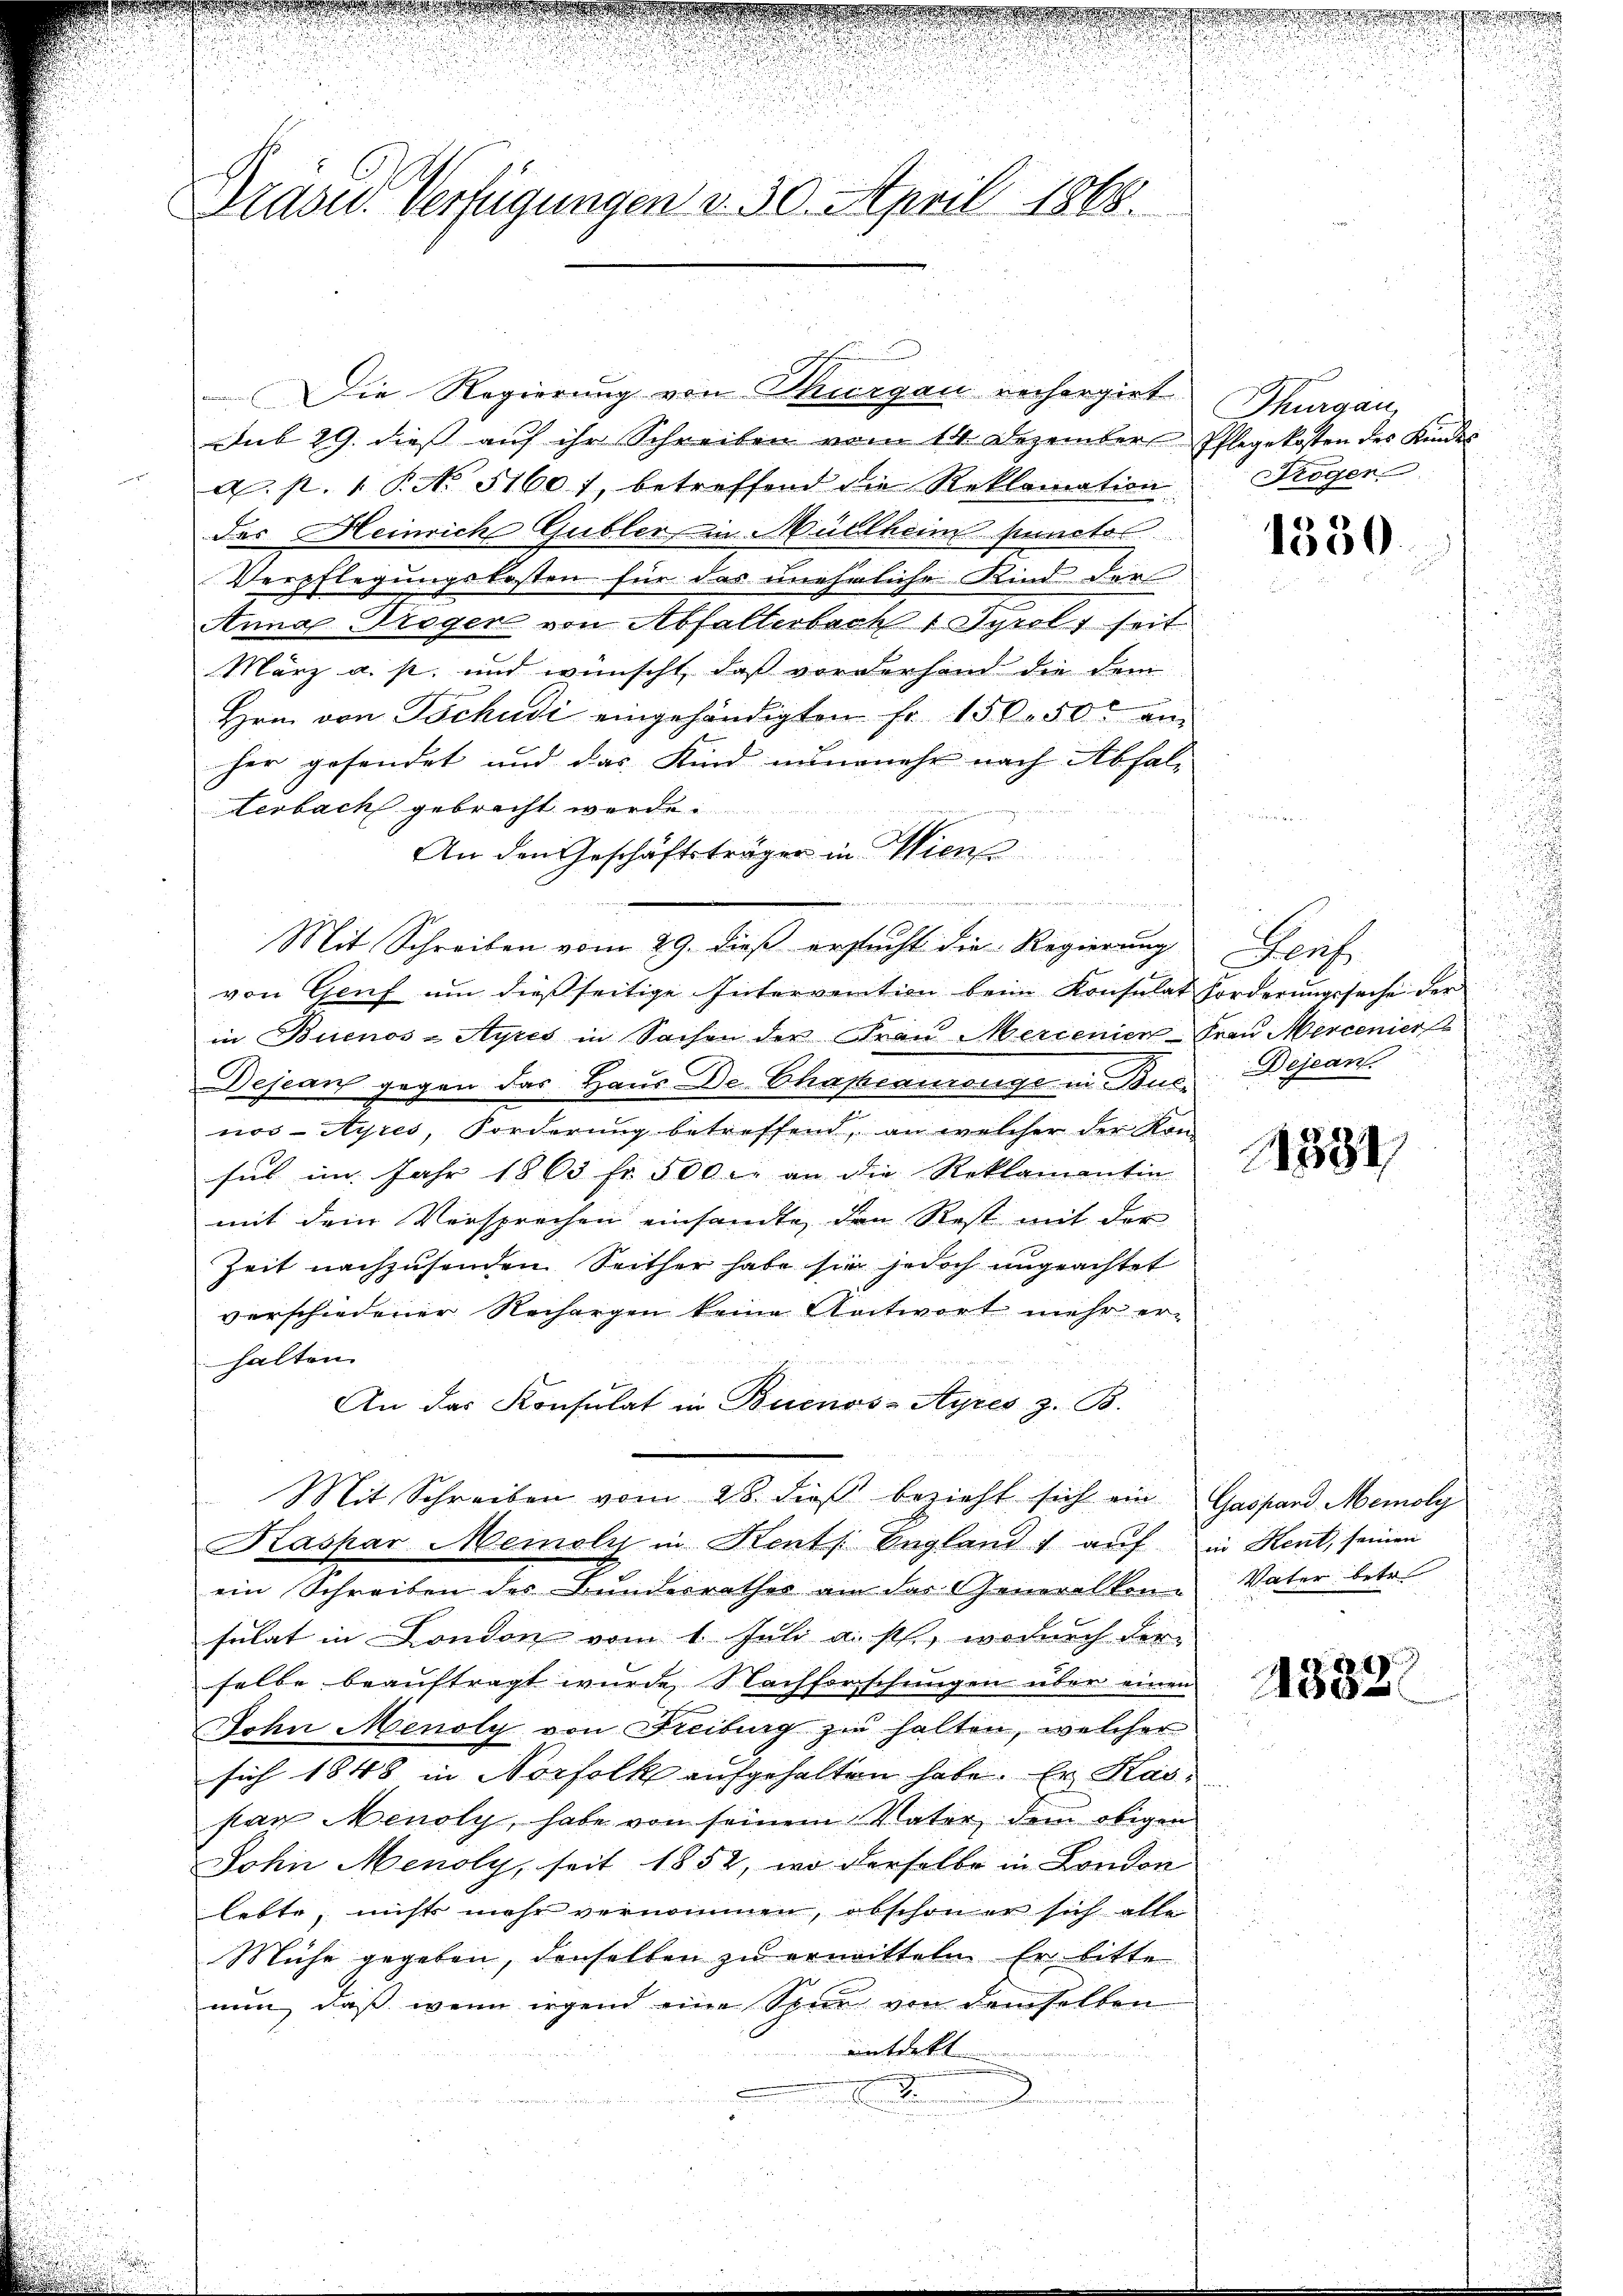
Drades Verfügungen v. 30. April 1868.

Die Regierung von Thurgau rechergirt
Sub 29. dies auf ihr Schreiben vom 14. Dezember Pflegekosten des Kindes
a. p. 1 P. No. 5160), betreffend die Reklamation
der Heinrich Gubler, in Müllheim punctos
Verpflegungskosten für das uneheliche Kind der
Anna Troger von Abfallerbach 1 Tyrols seit
März a. p. und wünscht, daß vorderhand die dem
Hrn. von Tschudi eingehändigten fr. 150. 50c am
her gesendet und das Kind nunmehr nach Abfal-
Lerbach gebracht werde.

An den Geschäftsträger in Wien
Mit Schreiben vom 29. dieß ersucht die Regierung
von Genf um dießseitige Intervention beim Konsulat Forderungssache der
in Buenos-Ayres in Sachen der Frau Mercenien Frau Mercenier
Dejean gegen das Haus Dr. Chapeaurange in Bus Dejeans
nos-Ayres, Forderung betreffend, an welcher der Kon-
sul im Jahr 1863 fr. 500 r. an die Reklamantin
mit dem Versprechen einsandte, den Rest mit der
Zeit nachzusenden Seither habe sie jedoch ungeachtet
verschiedener Rechargen keine Antwort mehr er-
halten.
An das Konsulat in Buenos-Ayres z. B.
Mit Schreiben vom 28. dieß bezieht sich ein Gasfand Memoly
Kaspar Meinolys in Kents England, auf in Kent, seinen
ein Schreiben des Bundesrathes am das Generalkon Vater betr.
sulat in London vom 1. Juli a. p., wodurch der
selbe beauftragt wurde Nachforschungen über einen
John Menoly von Freiburg zu halten, welcher
sich 1848 in Norfolk aufgehalten habe. Er Has
par Menoly, habe von seinem Vater dem obigen
John Menoly, seit 1852, wo derselbe in London
lebte, nichts mehr vernommen, obschon er sich alle
Mühe gegeben, denselben zu ermitteln. Er bitte
nun, daß wenn irgend eine Spur von demselben
entdeckt
.

e

.

Thurgau
Trogen

1330.

.
d
Pauf
u
e
n

11381

1332.